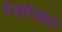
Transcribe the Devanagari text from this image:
टेनटेकल